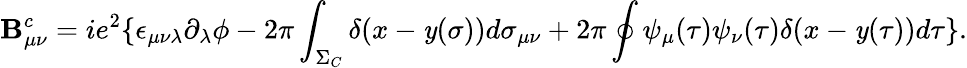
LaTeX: \mathbf{B}_{\mu\nu}^{c}=ie^{2}\{ \epsilon_{\mu\nu\lambda}\partial_{\lambda}\phi-2\pi\int_{\Sigma_{C}}\delta(x-\mathit{y}(\sigma))d\sigma_{\mu\nu}+2\pi\oint\psi_{\mu}(\tau)\psi_{\nu}(\tau)\delta(x-\mathit{y}(\tau))d\tau\} .